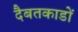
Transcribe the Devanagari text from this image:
दैबतकाडों